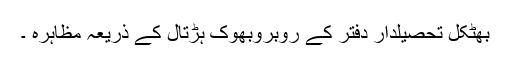
بھٹکل تحصیلدار دفتر کے روبروبھوک ہڑتال کے ذریعہ مظاہرہ ۔